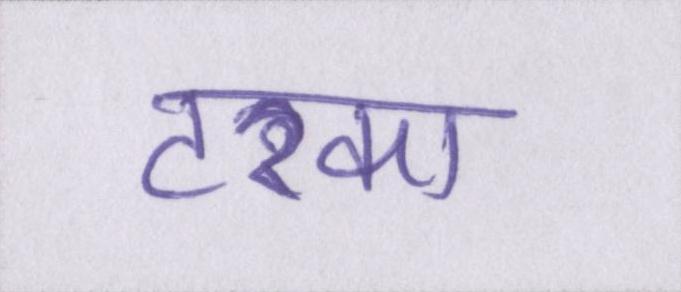
टरका